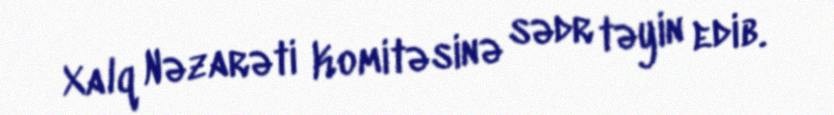
Xalq Nəzarəti Komitəsinə sədr təyin edib.